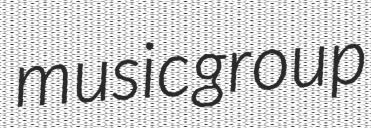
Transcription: music group